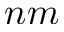
n m